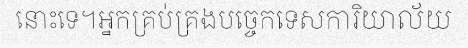
នោះទេ។អ្នកគ្រប់គ្រងបច្ចេកទេសការិយាល័យ